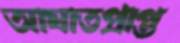
আঘাতপ্রাপ্ত